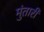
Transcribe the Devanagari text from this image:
मुंतारी